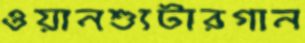
ওয়ানশ্যুটারগান